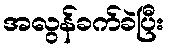
အလွန်ခက်ခဲပြီး